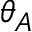
\theta _ { A }